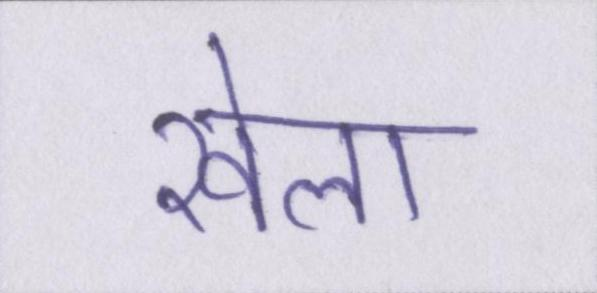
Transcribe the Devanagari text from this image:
खेला